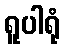
ရူပါရုံ